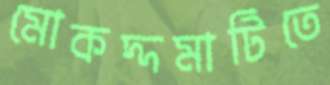
মোকদ্দমাটিতে